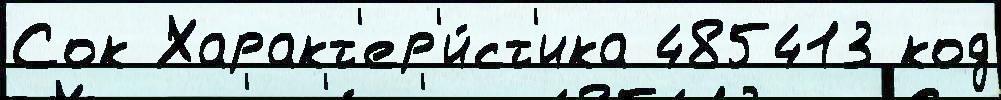
Сок Характ'ер'и́ст'ика 485413 код